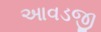
આવડજી